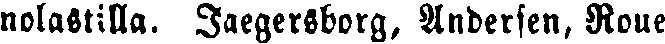
nolastilla. Jaegersborg, Andersen, Roue